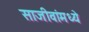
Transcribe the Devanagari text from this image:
साजीवांमध्ये